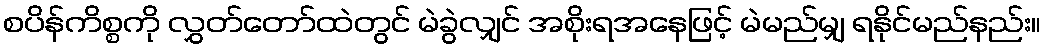
စပိန်ကိစ္စကို လွှတ်တော်ထဲတွင် မဲခွဲလျှင် အစိုးရအနေဖြင့် မဲမည်မျှ ရနိုင်မည်နည်း။